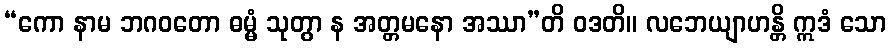
“ကော နာမ ဘဂဝတော ဓမ္မံ သုတွာ န အတ္တမနော အဿာ”တိ ဝဒတိ။ လဘေယျာဟန္တိ ဣဒံ သော